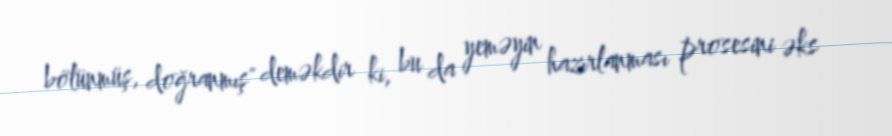
bölünmüş, doğranmış" deməkdir ki, bu da yeməyin hazırlanması prosesini əks